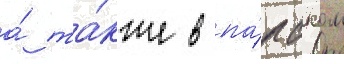
а́ та́кже в па́пском